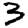
Digit: 3